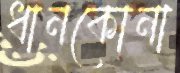
ধানকোনা